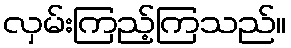
လှမ်းကြည့်ကြသည်။